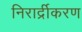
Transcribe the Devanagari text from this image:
निरार्द्रीकरण